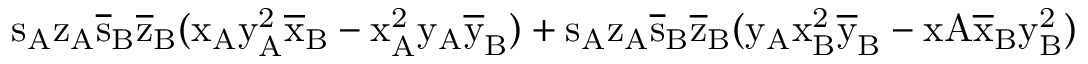
\mathrm { s _ { A } \mathrm { z _ { A } \mathrm { \overline { { s } } _ { B } \mathrm { \overline { { z } } _ { B } ( \mathrm { x _ { A } \mathrm { y _ { A } ^ { 2 } \mathrm { \overline { { x } } _ { B } - \mathrm { x _ { A } ^ { 2 } \mathrm { y _ { A } \mathrm { \overline { { y } } _ { B } ) + \mathrm { s _ { A } \mathrm { z _ { A } \mathrm { \overline { { s } } _ { B } \mathrm { \overline { { z } } _ { B } ( \mathrm { y _ { A } \mathrm { x _ { B } ^ { 2 } \mathrm { \overline { { y } } _ { B } - x A \mathrm { \overline { { x } } _ { B } \mathrm { y _ { B } ^ { 2 } ) } } } } } } } } } } } } } } } } } } }